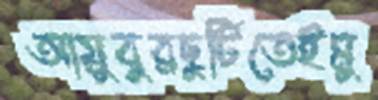
আয়ুবুরছুটিতেইমু